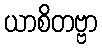
ယာစိတဗ္ဗာ